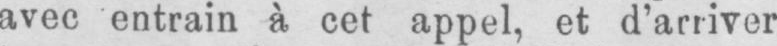
avec entrain à cet appel, et d’arriver